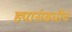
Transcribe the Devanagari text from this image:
ह्यासंबधीचे